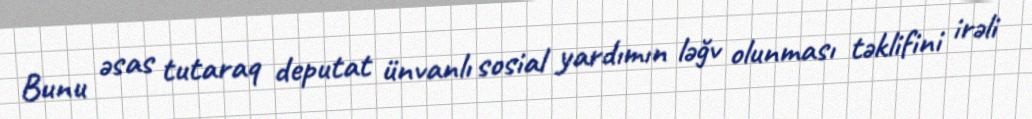
Bunu əsas tutaraq deputat ünvanlı sosial yardımın ləğv olunması təklifini irəli